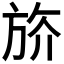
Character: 𣃭